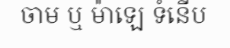
ចាម ឬ ម៉ាឡេ ទំនើប